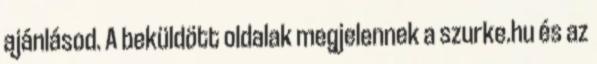
ajánlásod. A beküldött oldalak megjelennek a szurke.hu és az